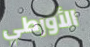
الأورطي